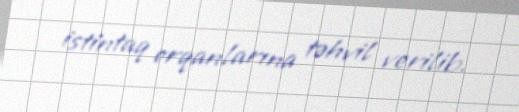
istintaq orqanlarına təhvil verilib.